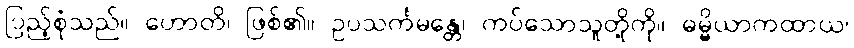
ပြည့်စုံသည်။ ဟောတိ၊ ဖြစ်၏။ ဥပသင်္ကမန္တေ၊ ကပ်သောသူတို့ကို။ ဓမ္မိယာကထာယ၊